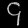
Digit: ၄